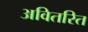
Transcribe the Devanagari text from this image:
अवितरित